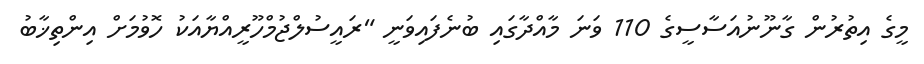
މީގެ އިތުރުން ގާނޫނުއަސާސީގެ 110 ވަނަ މާއްދާގައި ބުނެފައިވަނީ "ރައީސުލްޖުމްހޫރީއްޔާއަކު ހޮވުމަށް އިންތިޚާބު